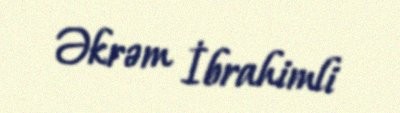
Əkrəm İbrahimli